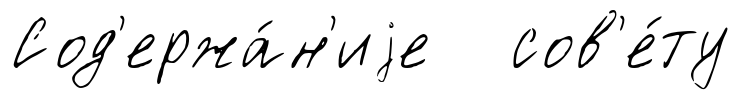
Сод'ержа́н'иjе сов'е́ту